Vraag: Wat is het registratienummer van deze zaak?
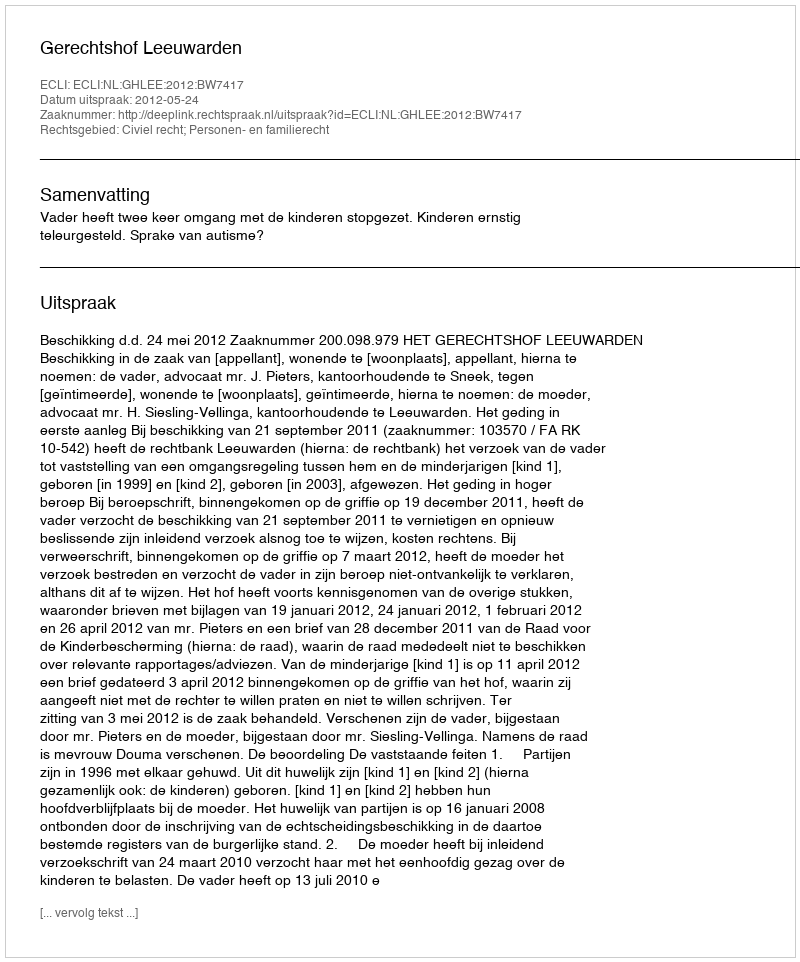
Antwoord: http://deeplink.rechtspraak.nl/uitspraak?id=ECLI:NL:GHLEE:2012:BW7417